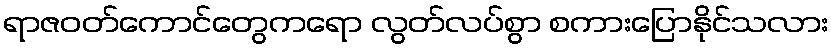
ရာဇဝတ်ကောင်တွေကရော လွတ်လပ်စွာ စကားပြောနိုင်သလား